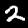
Label: 2